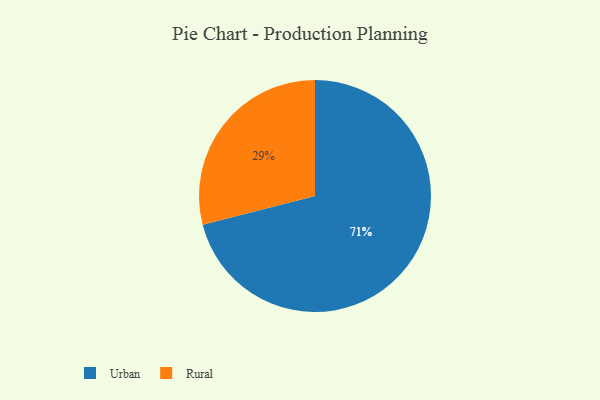
{"axis": {"x": "Category", "y": "Percentage"}, "legend": ["Rural", "Urban"], "data": [{"x": "Rural", "y": 29, "type": "Rural"}, {"x": "Urban", "y": 71, "type": "Urban"}]}